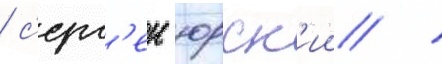
/ с'ерг'еи юрск'ии /